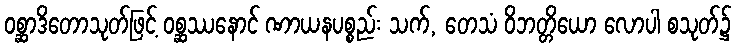
ဝစ္ဆာဒိတောသုတ်ဖြင့် ဝစ္ဆဿနောင် ဏာယနပစ္စည်း သက်, တေသံ ဝိဘတ္တိယော လောပါ စသုတ်၌